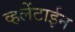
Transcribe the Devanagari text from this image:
व्हलेंटाईन